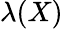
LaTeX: \lambda(X)